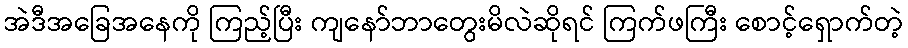
အဲဒီအခြေအနေကို ကြည့်ပြီး ကျနော်ဘာတွေးမိလဲဆိုရင် ကြက်ဖကြီး စောင့်ရှောက်တဲ့